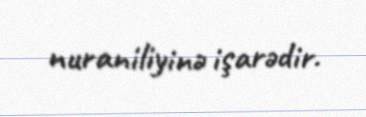
nuraniliyinə işarədir.